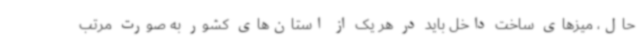
حال، میزهای ساخت داخل باید در هر یک از استان‌های کشور به صورت مرتب